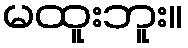
မထူးဘူး။